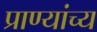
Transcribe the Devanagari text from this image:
प्राण्यांच्य